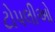
ટોપલીઓ